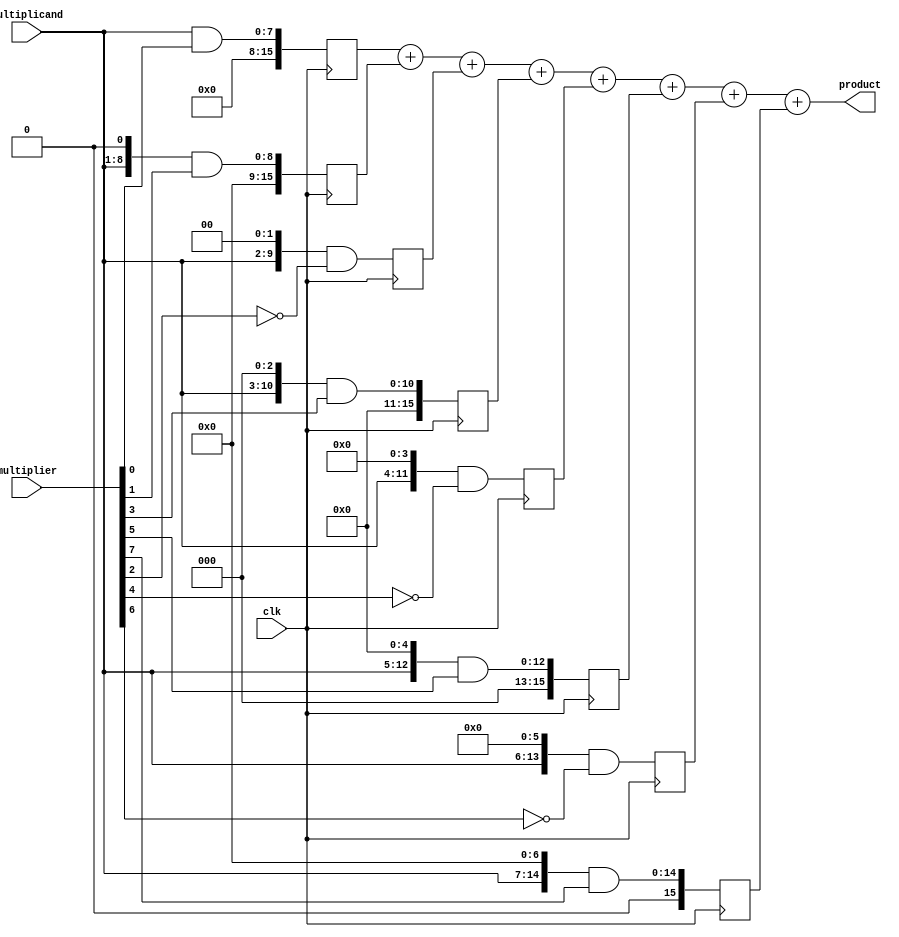
module modified_booth_multiplier(
    input clk,
    input [7:0] multiplicand,
    input [7:0] multiplier,
    output reg [15:0] product
);

// Partial product generation blocks
reg [15:0] pp0, pp1, pp2, pp3, pp4, pp5, pp6, pp7;

always @(posedge clk) begin
    pp0 <= (multiplicand << 0) & (multiplier[0]);
    pp1 <= (multiplicand << 1) & (multiplier[1]);
    pp2 <= (multiplicand << 2) & (~multiplier[2]);
    pp3 <= (multiplicand << 3) & (multiplier[3]);
    pp4 <= (multiplicand << 4) & (~multiplier[4]);
    pp5 <= (multiplicand << 5) & (multiplier[5]);
    pp6 <= (multiplicand << 6) & (~multiplier[6]);
    pp7 <= (multiplicand << 7) & (multiplier[7]);
end

// Wallace Tree adder
assign product = pp0 + pp1 + pp2 + pp3 + pp4 + pp5 + pp6 + pp7;

endmodule